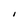
Character: I